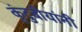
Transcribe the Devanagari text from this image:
कुंटुबीयांनी